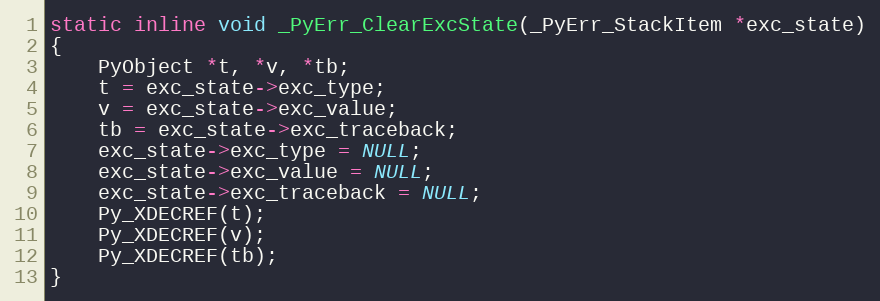
Language: C
static inline void _PyErr_ClearExcState(_PyErr_StackItem *exc_state)
{
    PyObject *t, *v, *tb;
    t = exc_state->exc_type;
    v = exc_state->exc_value;
    tb = exc_state->exc_traceback;
    exc_state->exc_type = NULL;
    exc_state->exc_value = NULL;
    exc_state->exc_traceback = NULL;
    Py_XDECREF(t);
    Py_XDECREF(v);
    Py_XDECREF(tb);
}